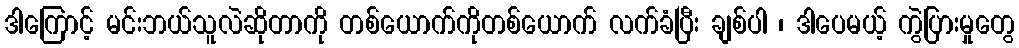
ဒါကြောင့် မင်းဘယ်သူလဲဆိုတာကို တစ်ယောက်ကိုတစ်ယောက် လက်ခံပြီး ချစ်ပါ ၊ ဒါပေမယ့် ကွဲပြားမှုတွေ